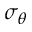
\sigma _ { \theta }